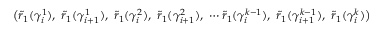
\bigl ( \widetilde { r } _ { 1 } ( \gamma _ { i } ^ { 1 } ) , \ \widetilde { r } _ { 1 } ( \gamma _ { i + 1 } ^ { 1 } ) , \ \widetilde { r } _ { 1 } ( \gamma _ { i } ^ { 2 } ) , \ \widetilde { r } _ { 1 } ( \gamma _ { i + 1 } ^ { 2 } ) , \ \cdots \widetilde { r } _ { 1 } ( \gamma _ { i } ^ { k - 1 } ) , \ \widetilde { r } _ { 1 } ( \gamma _ { i + 1 } ^ { k - 1 } ) , \ \widetilde { r } _ { 1 } ( \gamma _ { i } ^ { k } ) \bigr )